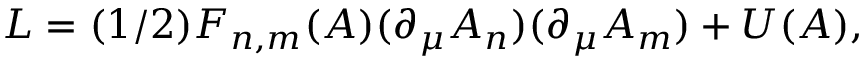
L = ( 1 / 2 ) F _ { n , m } ( A ) ( \partial _ { \mu } A _ { n } ) ( \partial _ { \mu } A _ { m } ) + U ( A ) ,